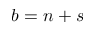
b = n + s